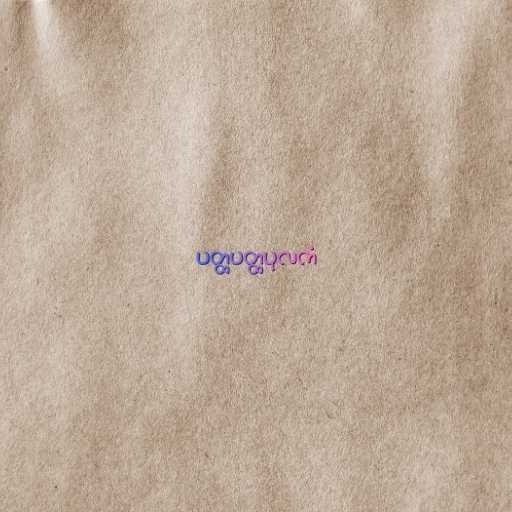
ပတ္ထပတ္ထပုလကံ